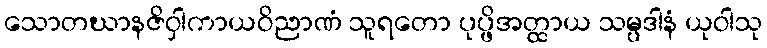
သောတဃာနဇိဝှါကာယဝိညာဏံ သူရတော ပုပ္ဖိအတ္ထာယ သမ္ပဒါနံ ယုဝါသု